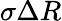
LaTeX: \sigma{\Delta R}